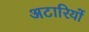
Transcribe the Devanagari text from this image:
अटारियों